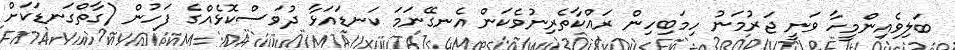
ބަލިވެއިންމީހާ ވަނީ ޖަރުމަނު ހިމަބިހިން ރައްކާތެރިނުވެކަން އެނގޭނަމަ ކަނޑައަޅާ ދުވަސްކޮޅެއްގެ ފަހުން (ގާތްގަނޑަކަށް